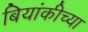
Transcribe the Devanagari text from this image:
बियांकीच्या